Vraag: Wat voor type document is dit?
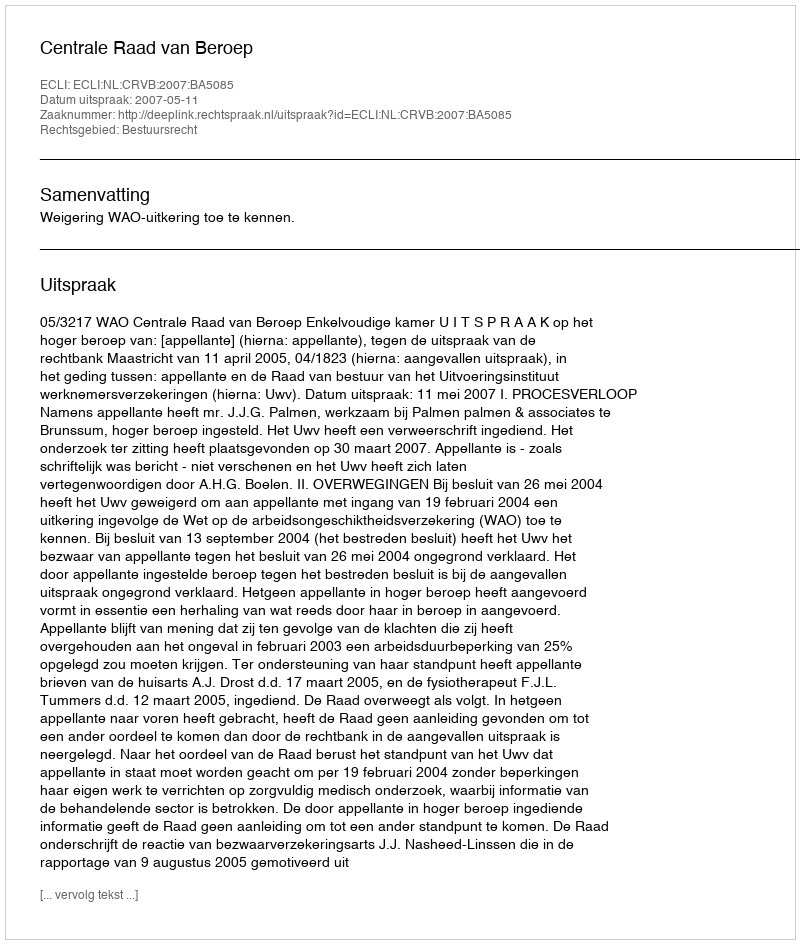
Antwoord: Uitspraak